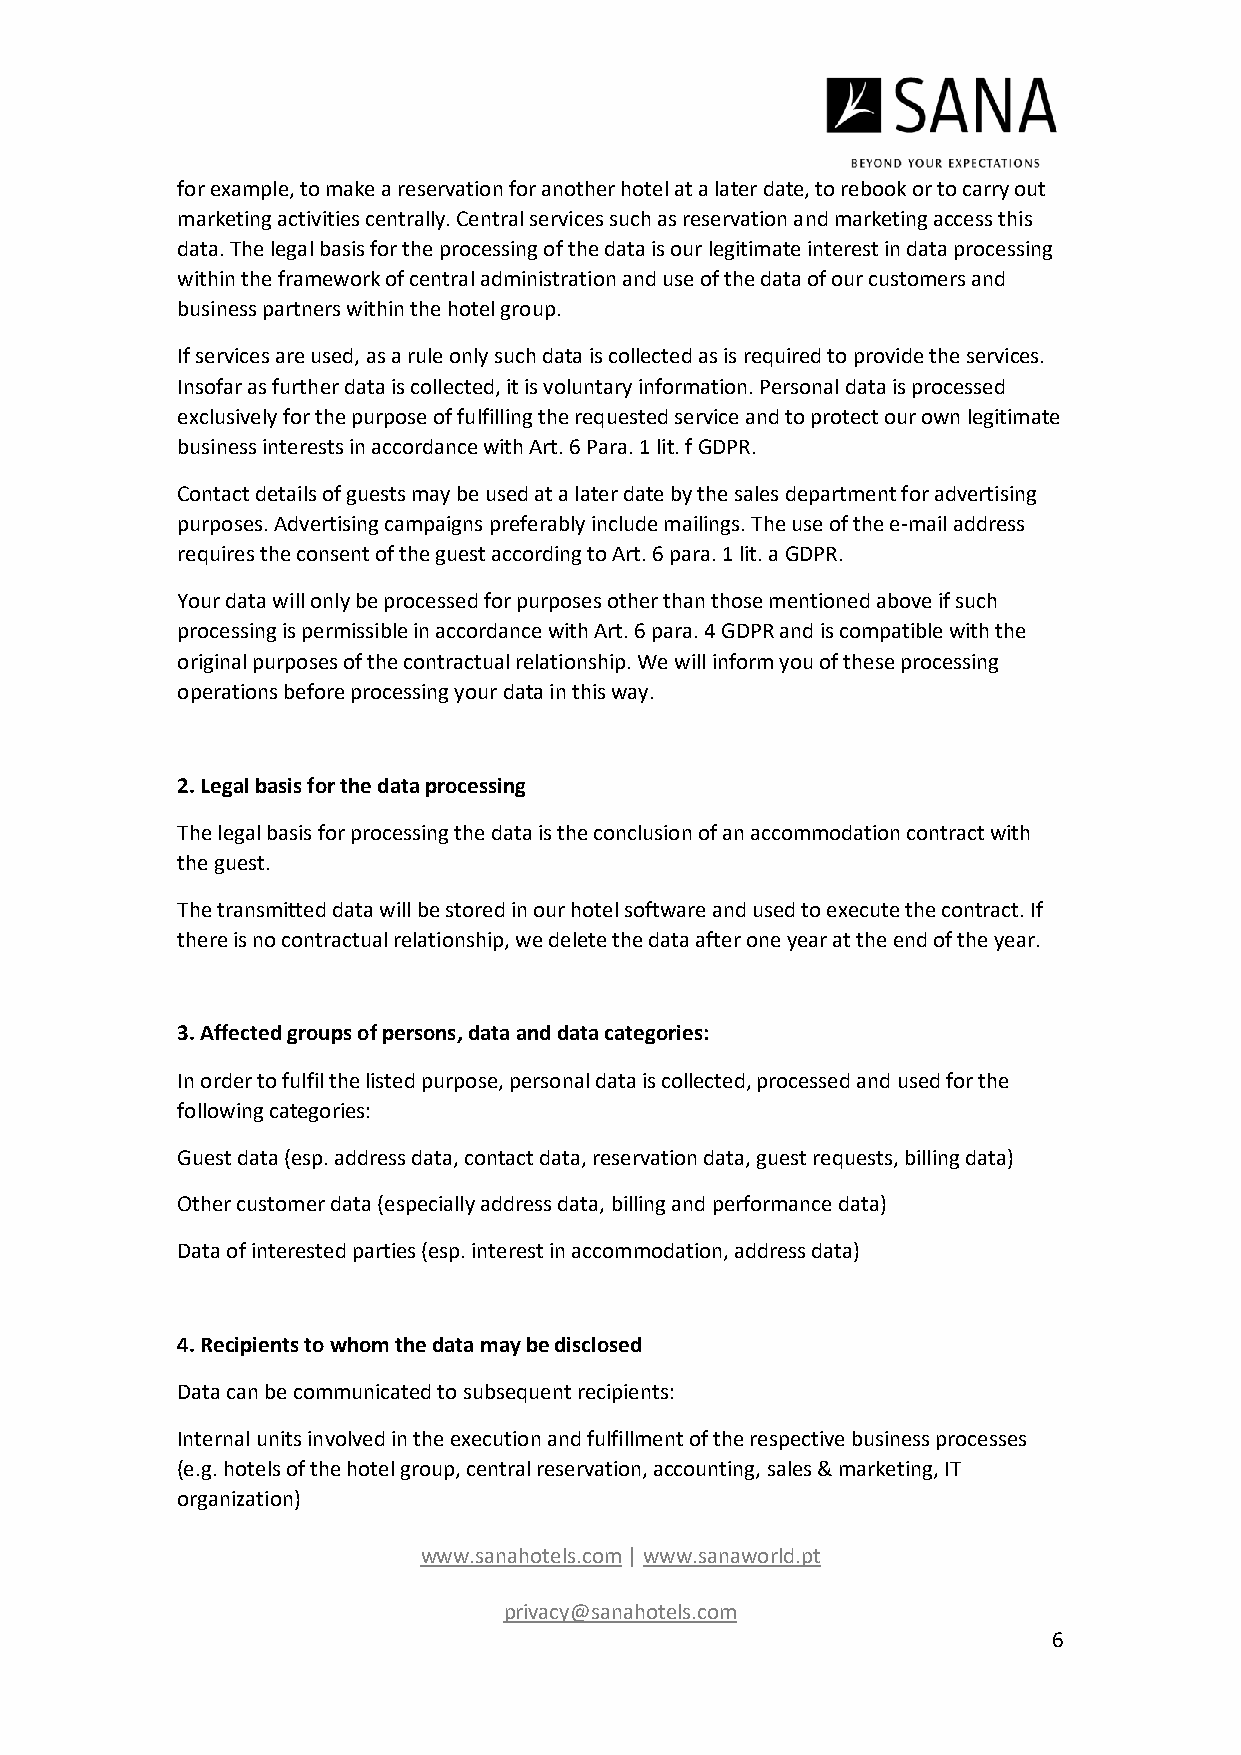
for example, to make a reservation for another hotel at a later date, to rebook or to carry out
 marketing activities centrally. Central services such as reservation and marketing access this
 data. The legal basis for the processing of the data is our legitimate interest in data processing
 within the framework of central administration and use of the data of our customers and
 business partners within the hotel group.
 If services are used, as a rule only such data is collected as is required to provide the services.
 Insofar as further data is collected, it is voluntary information. Personal data is processed
 exclusively for the purpose of fulfilling the requested service and to protect our own legitimate
 business interests in accordance with Art. 6 Para. 1 lit. f GDPR.
 Contact details of guests may be used at a later date by the sales department for advertising
 purposes. Advertising campaigns preferably include mailings. The use of the e-mail address
 requires the consent of the guest according to Art. 6 para. 1 lit. a GDPR.
 Your data will only be processed for purposes other than those mentioned above if such
 processing is permissible in accordance with Art. 6 para. 4 GDPR and is compatible with the
 original purposes of the contractual relationship. We will inform you of these processing
 operations before processing your data in this way.
 2. Legal basis for the data processing
 The legal basis for processing the data is the conclusion of an accommodation contract with
 the guest.
 The transmitted data will be stored in our hotel software and used to execute the contract. If
 there is no contractual relationship, we delete the data after one year at the end of the year.
 3. Affected groups of persons, data and data categories:
 In order to fulfil the listed purpose, personal data is collected, processed and used for the
 following categories:
 Guest data (esp. address data, contact data, reservation data, guest requests, billing data)
 Other customer data (especially address data, billing and performance data)
 Data of interested parties (esp. interest in accommodation, address data)
 4. Recipients to whom the data may be disclosed
 Data can be communicated to subsequent recipients:
 Internal units involved in the execution and fulfillment of the respective business processes
 (e.g. hotels of the hotel group, central reservation, accounting, sales & marketing, IT
 organization)
 www.sanahotels.com | www.sanaworld.pt
 privacy@sanahotels.com
 6